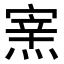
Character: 𤌊